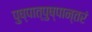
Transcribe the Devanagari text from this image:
पुष्पात्पुष्पान्तरं